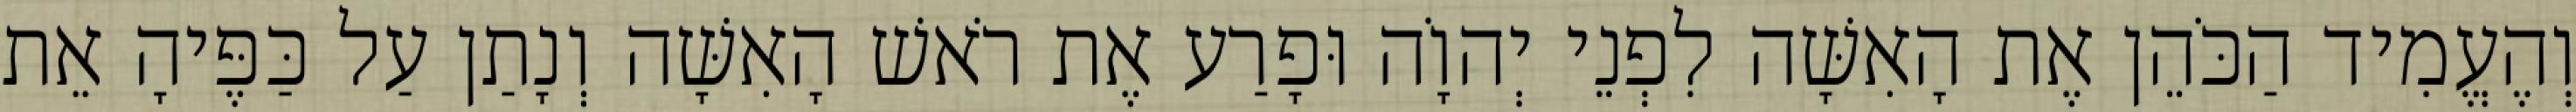
וְהֶעֱמִיד הַכֹּהֵן אֶת הָאִשָּׁה לִפְנֵי יְהוָֹה וּפָרַע אֶת רֹאשׁ הָאִשָּׁה וְנָתַן עַל כַּפֶּיהָ אֵת